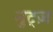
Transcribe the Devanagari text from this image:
नुट्ज़